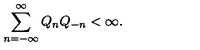
\sum _ { n = - \infty } ^ { \infty } Q _ { n } Q _ { - n } < \infty .